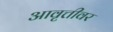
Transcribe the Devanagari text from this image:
आवृत्तीवर